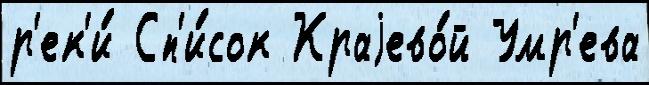
р'ек'и́ Сп'и́сок Краjево́й Умр'ева